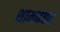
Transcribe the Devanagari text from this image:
शामनवाद